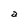
Character: a